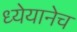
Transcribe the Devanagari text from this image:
ध्येयानेच